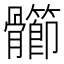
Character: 𩪶